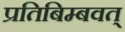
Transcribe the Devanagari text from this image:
प्रतिबिम्बवत्